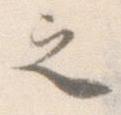
之